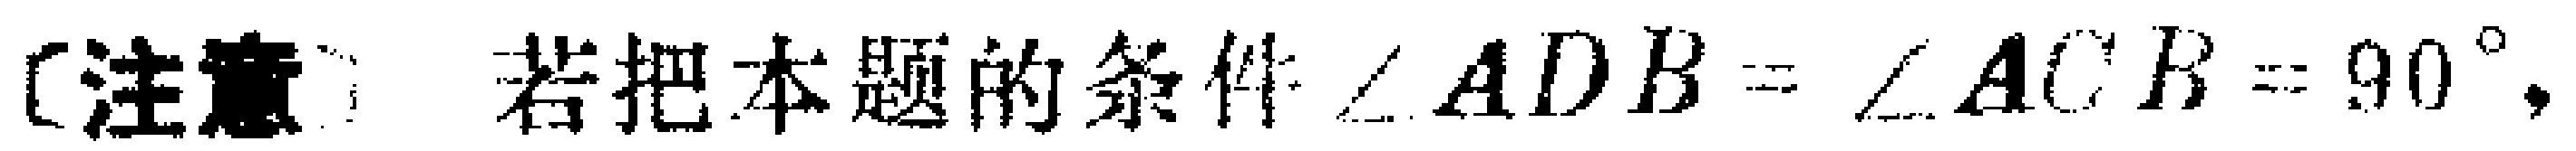
〔注意〕若把本题的条件$\angle ADB = \angle ACB = 90^{\circ}$，